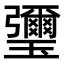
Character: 瓕